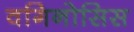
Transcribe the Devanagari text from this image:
वगिनोसिस